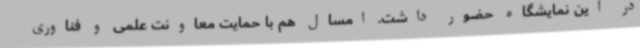
در این نمایشگاه حضور داشت. امسال هم با حمایت معاونت علمی و فناوری